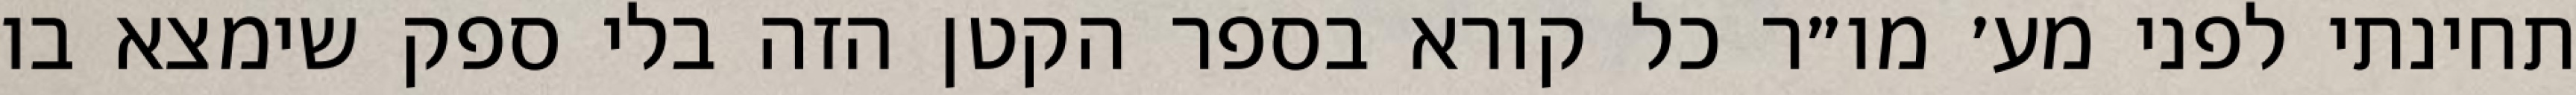
תחינתי לפני מע׳ מו״ר כל קורא בספר הקטן הזה בלי ספק שימצא בו